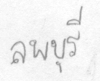
ลพบุรี